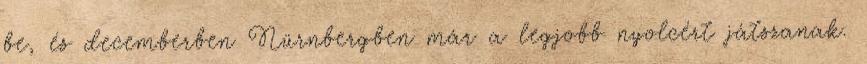
be, és decemberben Nürnbergben már a legjobb nyolcért játszanak.